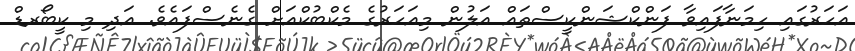
އަހަރުގައި ހިމަނާފައިވާ ފަންކްޝަންކީސްތައް އަލުން މިއަހަރުގެ މެކްބުކްއަށް ގެނެސްފައެވެ. އަދި މި ކީބޯރޑް